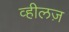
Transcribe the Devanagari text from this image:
व्हीलज़